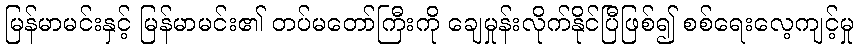
မြန်မာမင်းနှင့် မြန်မာမင်း၏ တပ်မတော်ကြီးကို ချေမှုန်းလိုက်နိုင်ပြီဖြစ်၍ စစ်ရေးလေ့ကျင့်မှု